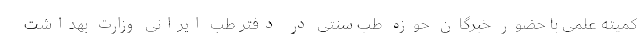
کمیته علمی با حضور خبرگان حوزه طب سنتی در دفتر طب ایرانی وزارت بهداشت